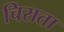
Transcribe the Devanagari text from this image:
चिराता